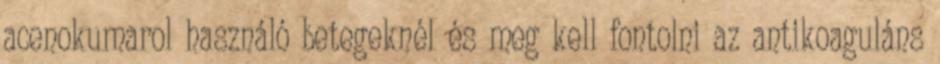
acenokumarol használó betegeknél és meg kell fontolni az antikoaguláns